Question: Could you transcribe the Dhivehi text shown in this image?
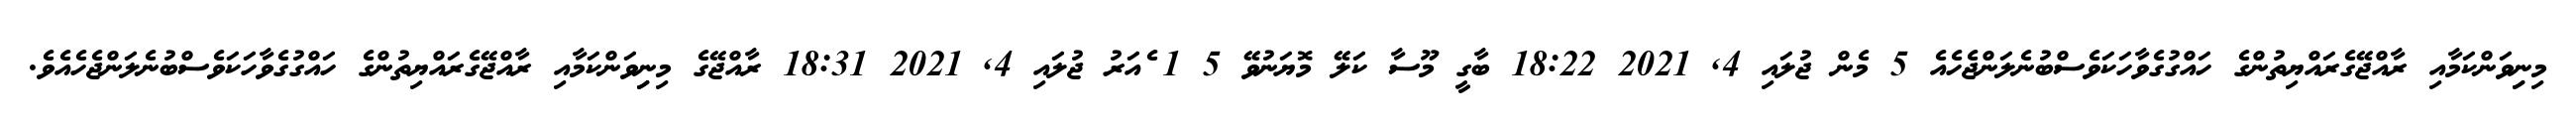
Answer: މިނިިވަންކަމާއި ރާއްޖޭގެރައްޔިތުންގެ ހައްގުގެވާހަކަވެސްބުނެލަންޖެހެއެ 5 މެން ޖުލައި 4, 2021 18:22 ބާގީ މޫސާ ކަލޭ މޮޔަނުވޭ 5 1 ެއަރު ޖުލައި 4, 2021 18:31 ރާއްޖޭގެ މިނިިވަންކަމާއި ރާއްޖޭގެރައްޔިތުންގެ ހައްގުގެވާހަކަވެސްބުނެލަންޖެހެއެވެ.